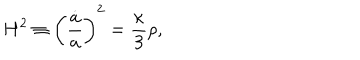
LaTeX: H ^ { 2 } \equiv \biggl ( \frac { \dot { a } } { a } \biggr ) ^ { 2 } = \frac { \kappa } { 3 } \rho ,